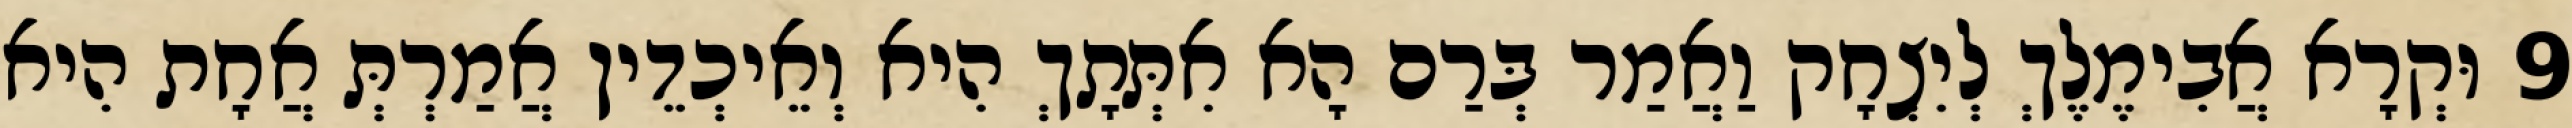
9 וּקְרָא אֲבִימֶלֶךְ לְיִצְחָק וַאֲמַר בְּרַם הָא אִתְּתָךְ הִיא וְאֵיכְדֵין אֲמַרְתְּ אֲחָת הִיא